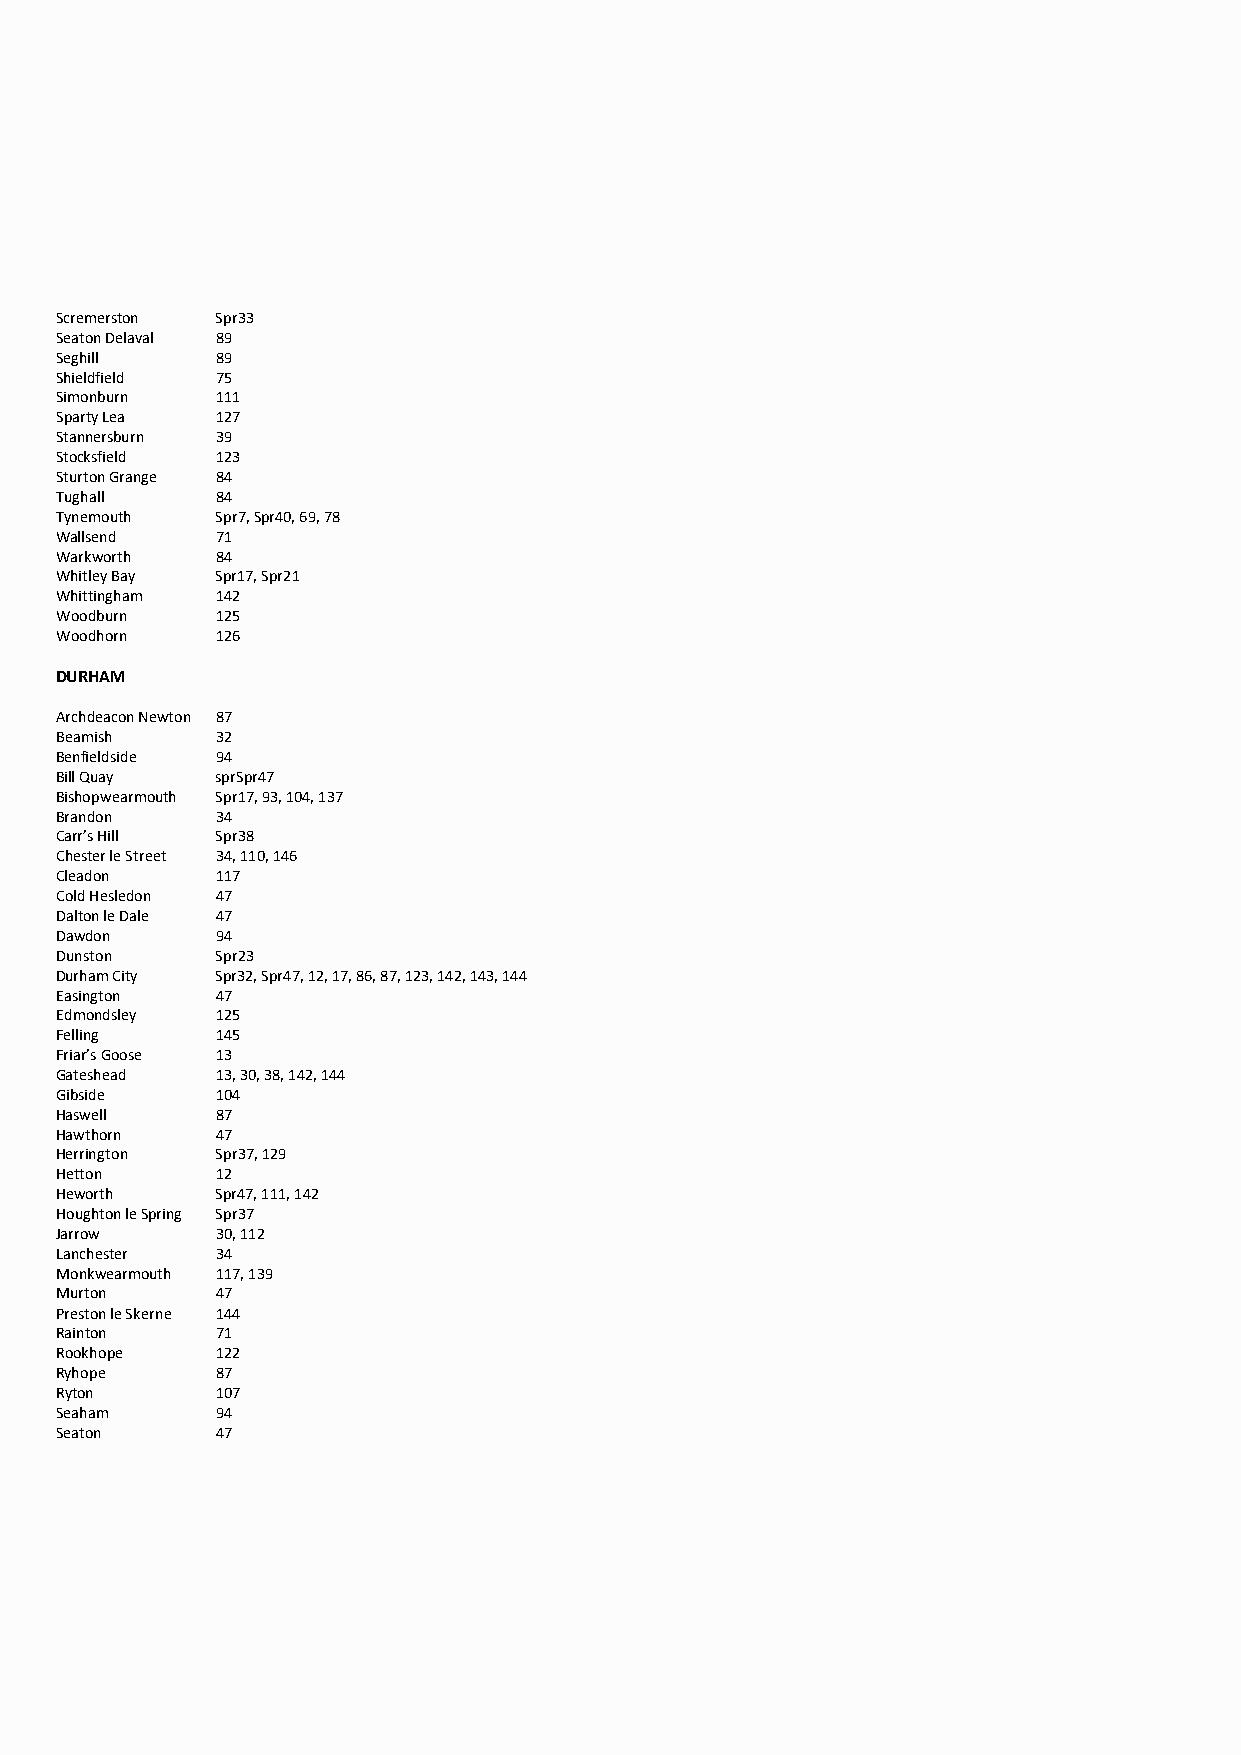
Scremerston Spr33
 Seaton Delaval 89
 Seghill   89
 Shieldfield 75
 Simonburn 111
 Sparty Lea 127
 Stannersburn 39
 Stocksfield 123
 Sturton Grange 84
 Tughall   84
 Tynemouth Spr7, Spr40, 69, 78
 Wallsend  71
 Warkworth 84
 Whitley Bay Spr17, Spr21
 Whittingham 142
 Woodburn  125
 Woodhorn  126
 DURHAM
 Archdeacon Newton 87
 Beamish   32
 Benfieldside 94
 Bill Quay sprSpr47
 Bishopwearmouth Spr17, 93, 104, 137
 Brandon   34
 Carr’s Hill Spr38
 Chester le Street 34, 110, 146
 Cleadon   117
 Cold Hesledon 47
 Dalton le Dale 47
 Dawdon    94
 Dunston   Spr23
 Durham City Spr32, Spr47, 12, 17, 86, 87, 123, 142, 143, 144
 Easington 47
 Edmondsley 125
 Felling   145
 Friar’s Goose 13
 Gateshead 13, 30, 38, 142, 144
 Gibside   104
 Haswell   87
 Hawthorn  47
 Herrington Spr37, 129
 Hetton    12
 Heworth   Spr47, 111, 142
 Houghton le Spring Spr37
 Jarrow    30, 112
 Lanchester 34
 Monkwearmouth 117, 139
 Murton    47
 Preston le Skerne 144
 Rainton   71
 Rookhope  122
 Ryhope    87
 Ryton     107
 Seaham    94
 Seaton    47